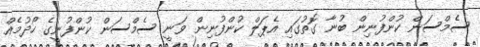
ސެމްސަން ކުންފުނިން ބުނާ ގޮތުގައި އެޕަލް ކުންފުނިން ވަނީ ސެމްސަން ކުންފުނީގެ ހޯދުމެއް